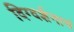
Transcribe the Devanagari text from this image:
दिग्दर्शनाचं